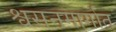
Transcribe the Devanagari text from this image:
श्वसनमार्गात